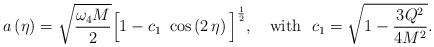
LaTeX: \begin{align*}a \left( \eta \right) = \sqrt{\omega_4 M\over 2} \Big[ 1 - c_1 ~\cos \left( 2 \, \eta \right) \Big]^{1\over 2},~~~{\rm with}~~ c_1 = \sqrt{1 - {3 Q^2\over{4 M^2}}}.\end{align*}